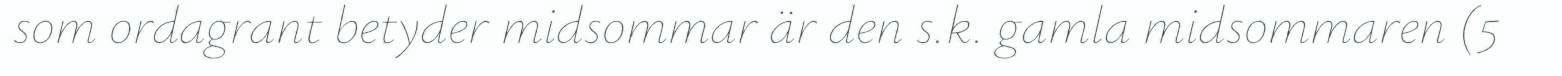
som ordagrant betyder midsommar är den s.k. gamla midsommaren (5